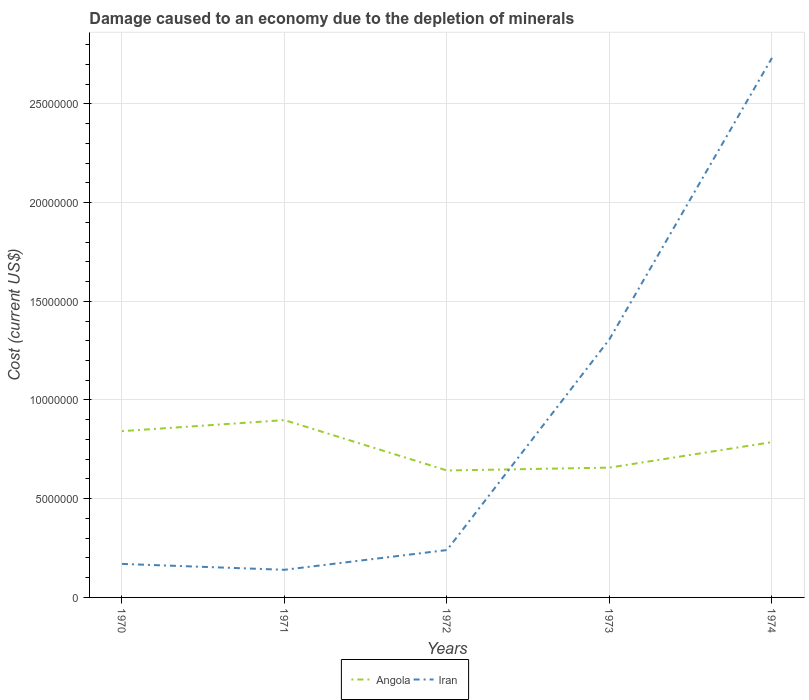
| Years | Angola | Iran |
 | --- | --- | --- |
 | 1970 | 8.42e+06 | 1.7e+06 |
 | 1971 | 8.98e+06 | 1.4e+06 |
 | 1972 | 6.43e+06 | 2.4e+06 |
 | 1973 | 6.57e+06 | 1.31e+07 |
 | 1974 | 7.87e+06 | 2.73e+07 |